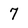
Character: 7